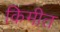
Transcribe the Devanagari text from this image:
किमीत